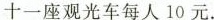
十一座观光车每人10元.